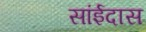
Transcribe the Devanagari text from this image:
सांईदास